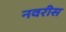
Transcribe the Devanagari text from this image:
नवरीस